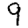
Digit: 9